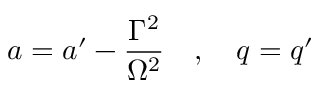
a = a ^ { \prime } - \frac { \Gamma ^ { 2 } } { \Omega ^ { 2 } } \quad , \quad q = q ^ { \prime }